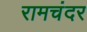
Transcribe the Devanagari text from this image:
रामचंदर